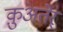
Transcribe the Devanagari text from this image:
क़ुअतेर्